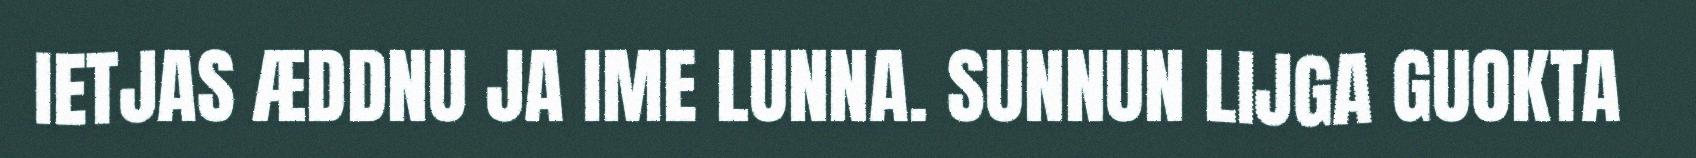
IETJAS ÆDDNU JA IME LUNNA. SUNNUN LIJGA GUOKTA